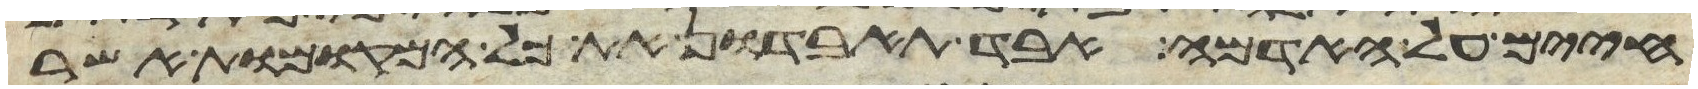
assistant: חיים על האדמה אבד תאבדון את כל המקומות אשר